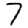
Digit: 7